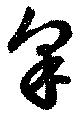
皋